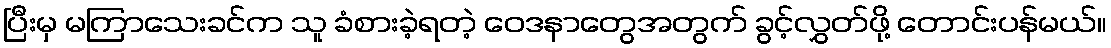
ပြီးမှ မကြာသေးခင်က သူ ခံစားခဲ့ရတဲ့ ဝေဒနာတွေအတွက် ခွင့်လွှတ်ဖို့ တောင်းပန်မယ်။